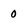
Character: 0